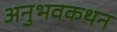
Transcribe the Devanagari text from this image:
अनुभवकथन